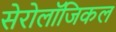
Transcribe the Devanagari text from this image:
सेरोलॉजिकल